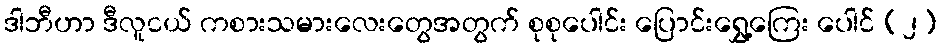
ဒါဘီဟာ ဒီလူငယ် ကစားသမားလေးတွေအတွက် စုစုပေါင်း ပြောင်းရွှေ့ကြေး ပေါင် (၂)